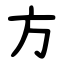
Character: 方